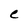
Character: C